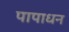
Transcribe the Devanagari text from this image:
पापाधन